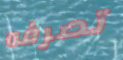
تصرفه